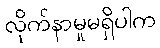
လိုက်နာမှုမရှိပါက